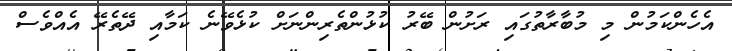
އެހެންކަމުން މި މުބާރާތުގައި ރަށުން ބޭރު ކުޅުންތެރިންނަށް ކުޅެވޭނެ ކަމާއި ދޭތެރޭ އެއްވެސް